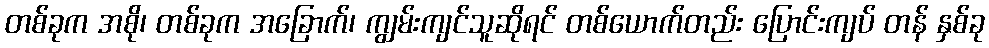
တစ်ခုက အစို၊ တစ်ခုက အခြောက်၊ ကျွမ်းကျင်သူဆိုရင် တစ်ယောက်တည်း ပြောင်းကျပ် တန် နှစ်ခု